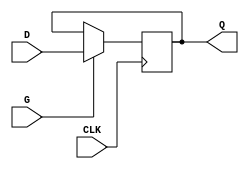
module edge_triggered_gated_latch (
    input wire D,      // Data Input
    input wire CLK,    // Clock Input
    input wire G,      // Gate Input
    output reg Q       // Output
);

    // Always block triggered on the rising edge of the clock
    always @(posedge CLK) begin
        if (G) begin
            Q <= D;   // Capture the value of D when G is high
        end
        // If G is low, Q retains its previous value (no action needed)
    end

endmodule